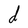
Character: d